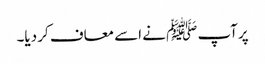
پرآپ ﷺ نے اسے معاف کر دیا۔